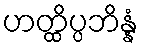
ဟတ္ထိပ္ပဘိန္နံ